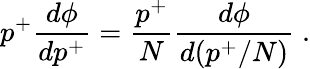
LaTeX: p^{+}\frac{d\phi}{dp^{+}}=\frac{p^{+}}{N}\frac{d\phi}{d(p^{+}/N)}\; .